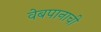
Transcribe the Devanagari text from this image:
वेबपानाची